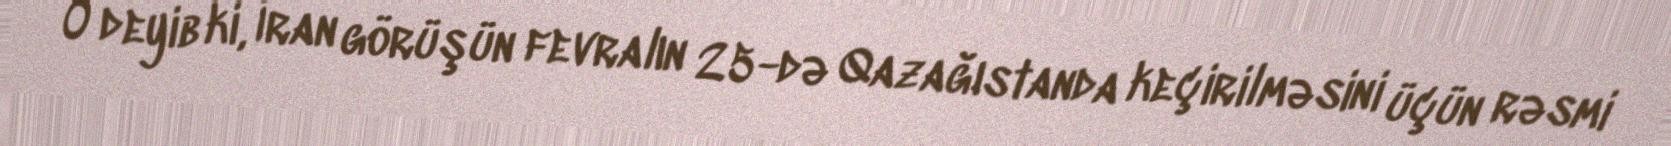
O deyib ki, İran görüşün fevralın 25-də Qazağıstanda keçirilməsini üçün rəsmi